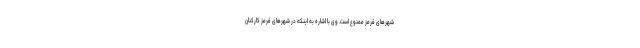
شهرهای قرمز ممنوع است. وی با اشاره به اینکه در شهرهای قرمز کارکنان